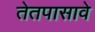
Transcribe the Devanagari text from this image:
तेतपासावे